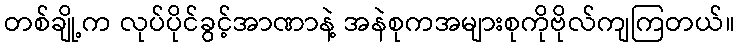
တစ်ချို့က လုပ်ပိုင်ခွင့်အာဏာနဲ့ အနဲစုကအများစုကိုဗိုလ်ကျကြတယ်။